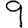
Digit: 9